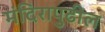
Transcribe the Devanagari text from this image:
मंदिरापुढील